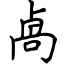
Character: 卨